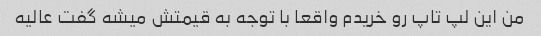
من این لپ تاپ رو خریدم واقعا با توجه به قیمتش میشه گفت عالیه